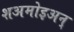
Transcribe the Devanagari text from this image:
शअमोइअन्